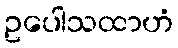
ဥပေါသထာဟံ